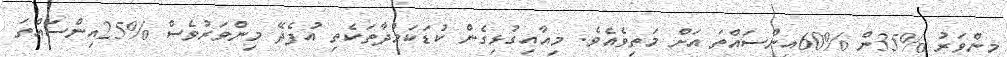
މިންވަރު %35ން %60އިންސައްތަ އަށް މަތިވެއެވެ. މިއާއިގުޅިގެން ކުޑަކަމުދާތަކެތި އުފެދޭ މިންވަރުވެސް %25އިންސައްތަ